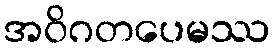
အဝိဂတပေမဿ